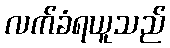
လက်ခံရယူသည်